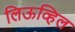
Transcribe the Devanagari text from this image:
लिऊव्हिल